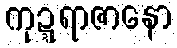
ကုဍ္ဍရာဇာနော